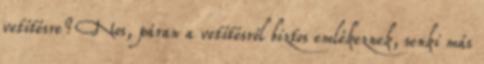
vetítésre? Nos, páran a vetítésről biztos emlékeznek, senki más